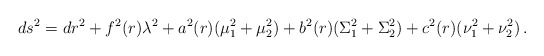
\begin{align*}ds^2=dr^2+f^2(r)\lambda^2+a^2(r)(\mu_1^2+\mu_2^2)+b^2(r)(\Sigma_1^2+\Sigma_2^2)+c^2(r)(\nu_1^2+\nu_2^2)\, .\end{align*}